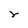
Character: r